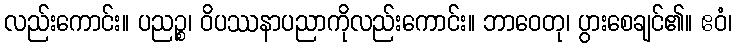
လည်းကောင်း။ ပညဉ္စ၊ ဝိပဿနာပညာကိုလည်းကောင်း။ ဘာဝေတု၊ ပွားစေချင်၏။ ဧဝံ၊